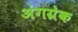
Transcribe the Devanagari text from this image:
अंगग्रेक